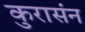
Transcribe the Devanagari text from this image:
कुरासंन